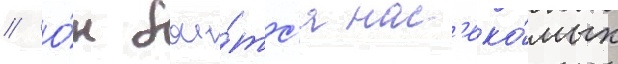
// О́н бои́тс'я нас'еко́мых